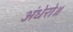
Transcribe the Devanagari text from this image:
अंधेरो॥